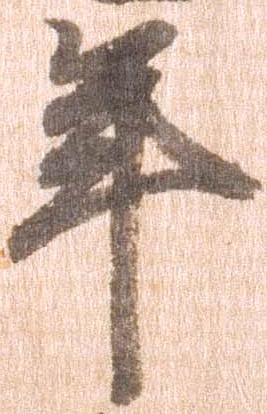
年